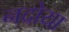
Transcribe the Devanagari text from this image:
नदोया